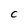
Character: C